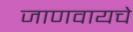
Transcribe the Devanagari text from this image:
जाणवायचे